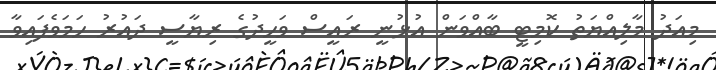
މިއަދު މާލިއްޔަތު ކޮމިޓީ ބާއްވަން އުޅުނީ ރައީސް ވަހީދުގެ ރިޔާސީ ދައުރު ހަމަވެފައިވާ